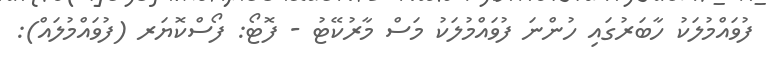
ފުވައްމުލަކު ހާބަރުގައި ހުންނަ ފުވައްމުލަކު މަސް މާރުކޭޓު - ފޮޓޯ: ފޯސްކޮޔަރ (ފުވައްމުލައް):